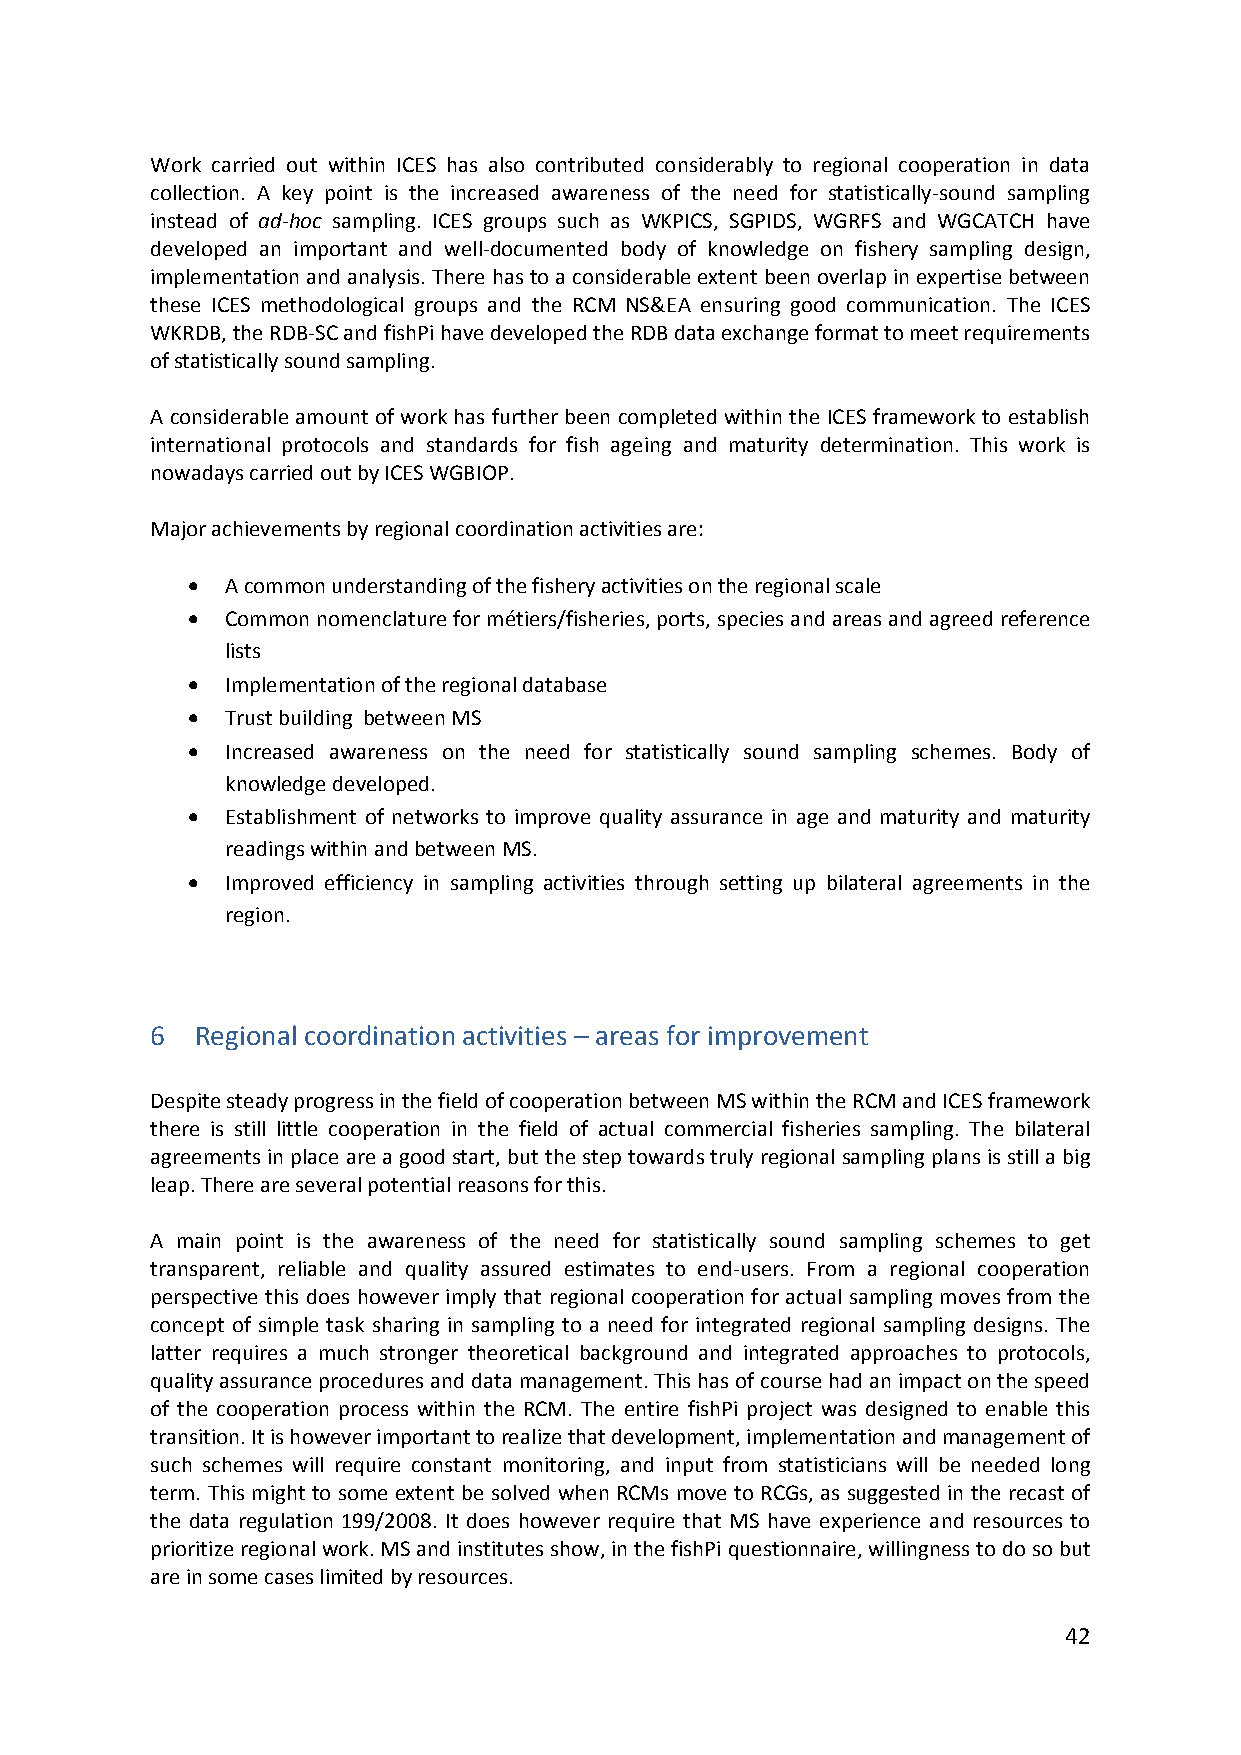
Work carried out within ICES has also contributed considerably to regional cooperation in data
 collection. A key point is the increased awareness of the need for statistically‐sound sampling
 instead of ad‐hoc sampling. ICES groups such as WKPICS, SGPIDS, WGRFS and WGCATCH have
 developed an important and well‐documented body of knowledge on fishery sampling design,
 implementation and analysis. There has to a considerable extent been overlap in expertise between
 these ICES methodological groups and the RCM NS&EA ensuring good communication. The ICES
 WKRDB, the RDB‐SC and fishPi have developed the RDB data exchange format to meet requirements
 of statistically sound sampling.
 A considerable amount of work has further been completed within the ICES framework to establish
 international protocols and standards for fish ageing and maturity determination. This work is
 nowadays carried out by ICES WGBIOP.
 Major achievements by regional coordination activities are:
   A common understanding of the fishery activities on the regional scale
   Common nomenclature for métiers/fisheries, ports, species and areas and agreed reference
 lists
   Implementation of the regional database
   Trust building between MS
   Increased awareness on the need for statistically sound sampling schemes. Body of
 knowledge developed.
   Establishment of networks to improve quality assurance in age and maturity and maturity
 readings within and between MS.
   Improved efficiency in sampling activities through setting up bilateral agreements in the
 region.
 6  Regional coordination activities – areas for improvement
 Despite steady progress in the field of cooperation between MS within the RCM and ICES framework
 there is still little cooperation in the field of actual commercial fisheries sampling. The bilateral
 agreements in place are a good start, but the step towards truly regional sampling plans is still a big
 leap. There are several potential reasons for this.
 A main point is the awareness of the need for statistically sound sampling schemes to get
 transparent, reliable and quality assured estimates to end‐users. From a regional cooperation
 perspective this does however imply that regional cooperation for actual sampling moves from the
 concept of simple task sharing in sampling to a need for integrated regional sampling designs. The
 latter requires a much stronger theoretical background and integrated approaches to protocols,
 quality assurance procedures and data management. This has of course had an impact on the speed
 of the cooperation process within the RCM. The entire fishPi project was designed to enable this
 transition. It is however important to realize that development, implementation and management of
 such schemes will require constant monitoring, and input from statisticians will be needed long
 term. This might to some extent be solved when RCMs move to RCGs, as suggested in the recast of
 the data regulation 199/2008. It does however require that MS have experience and resources to
 prioritize regional work. MS and institutes show, in the fishPi questionnaire, willingness to do so but
 are in some cases limited by resources.
 42